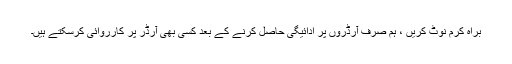
براہ کرم نوٹ کریں ، ہم صرف آرڈروں پر ادائیگی حاصل کرنے کے بعد کسی بھی آرڈر پر کارروائی کرسکتے ہیں۔